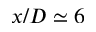
x / D \simeq 6